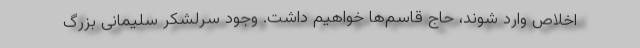
اخلاص وارد شوند، حاج قاسم‌ها خواهیم داشت. وجود سرلشکر سلیمانی بزرگ